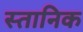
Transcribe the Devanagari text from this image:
स्तानिक